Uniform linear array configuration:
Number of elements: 32
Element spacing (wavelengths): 0.75
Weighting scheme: blackman
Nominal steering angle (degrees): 0
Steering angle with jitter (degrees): -1.329
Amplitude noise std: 0.05
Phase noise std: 0.05

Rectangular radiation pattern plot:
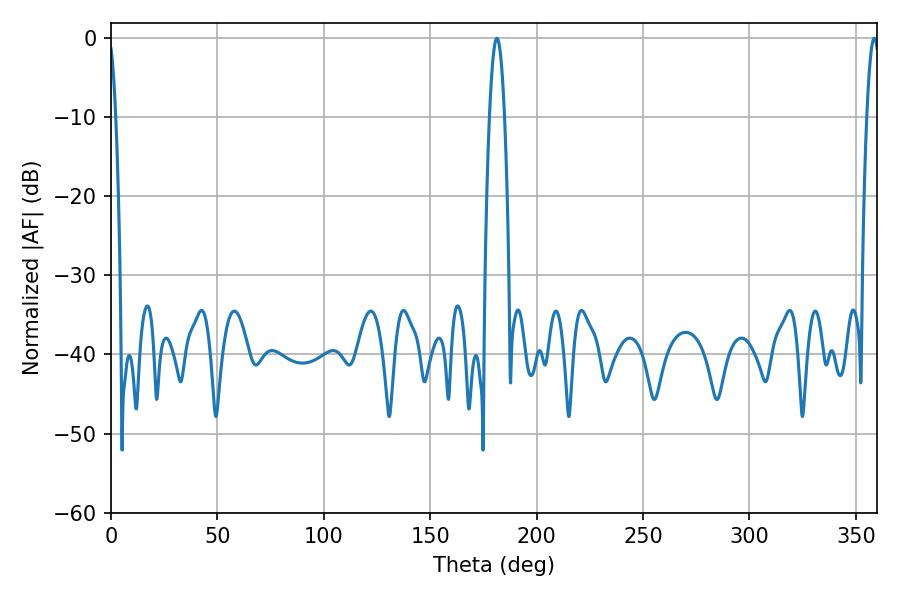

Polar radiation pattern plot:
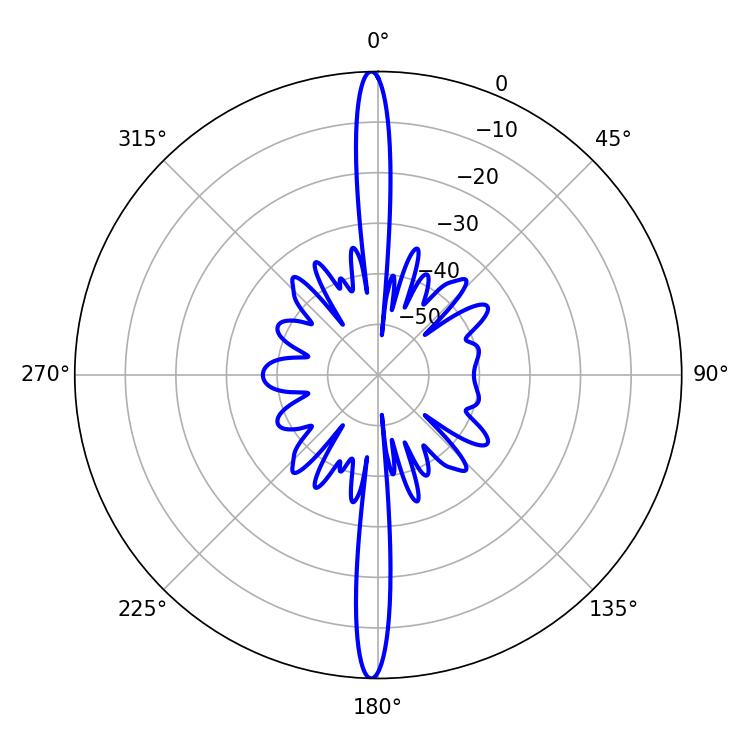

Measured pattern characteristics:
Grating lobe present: TRUE
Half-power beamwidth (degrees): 3.78
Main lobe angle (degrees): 181.26